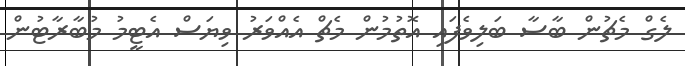
ލެގް މެޗުން ބާސާ ބަލިވެފައި އޮތުމުން މެޗް އެއްވަރު ވިޔަސް އެޓީމު މުބާރާޓުން